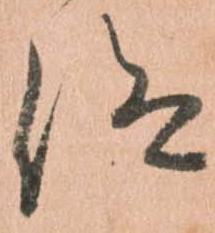
仰